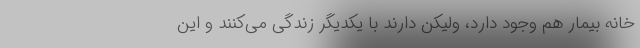
خانه بیمار هم وجود دارد، ولیکن دارند با یکدیگر زندگی می‌کنند و این